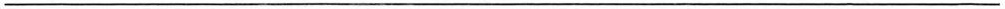
___